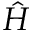
\hat { H }